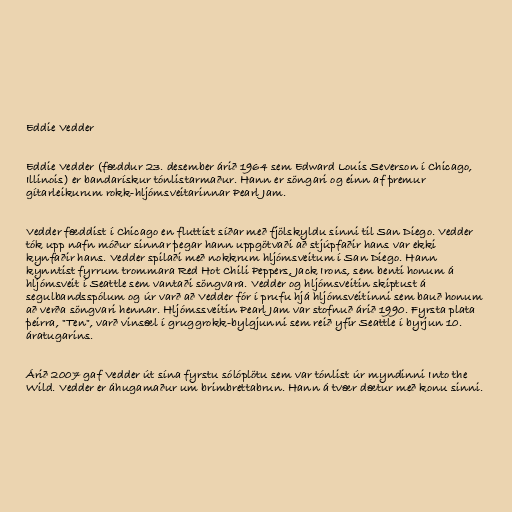
Eddie Vedder

Eddie Vedder (fæddur 23. desember árið 1964 sem Edward Louis Severson í Chicago,
Illinois) er bandarískur tónlistarmaður. Hann er söngari og einn af þremur
gítarleikurum rokk-hljómsveitarinnar Pearl Jam.

Vedder fæddist í Chicago en fluttist síðar með fjölskyldu sinni til San Diego. Vedder
tók upp nafn móður sinnar þegar hann uppgötvaði að stjúpfaðir hans var ekki
kynfaðir hans. Vedder spilaði með nokkrum hljómsveitum í San Diego. Hann
kynntist fyrrum trommara Red Hot Chili Peppers, Jack Irons, sem benti honum á
hljómsveit í Seattle sem vantaði söngvara. Vedder og hljómsveitin skiptust á
segulbandsspólum og úr varð að Vedder fór í prufu hjá hljómsveitinni sem bauð honum
að verða söngvari hennar. Hljómssveitin Pearl Jam var stofnuð árið 1990. Fyrsta plata
þeirra, "Ten", varð vinsæl í gruggrokk-bylgjunni sem reið yfir Seattle í byrjun 10.
áratugarins.

Árið 2007 gaf Vedder út sína fyrstu sólóplötu sem var tónlist úr myndinni Into the
Wild. Vedder er áhugamaður um brimbrettabrun. Hann á tvær dætur með konu sinni.